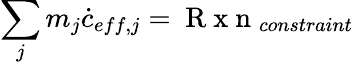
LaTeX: \sum_{j}m_{j}\dot{c}_{eff,j}=\mathrm{~R~x~n~}_{constraint}